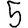
Digit: 5